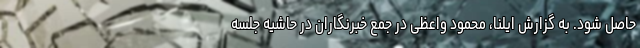
حاصل شود. به گزارش ایلنا، محمود واعظی در جمع خبرنگاران در حاشیه جلسه